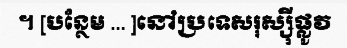
។ [បន្ថែម ... ]នៅប្រទេសរុស្ស៊ីផ្លូវ